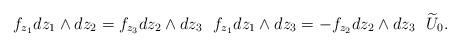
LaTeX: \begin{align*}f_{z_1}dz_1\wedge dz_2=f_{z_3}dz_2\wedge dz_3~~f_{z_1}dz_1\wedge dz_3=-f_{z_2}dz_2\wedge dz_3 ~ ~\widetilde{U}_0.\end{align*}